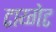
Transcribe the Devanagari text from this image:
टाय्गेट